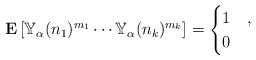
LaTeX: \begin{gather*}\mathbf{E}\left[\mathbb{Y}_\alpha(n_1)^{m_1} \cdots \mathbb{Y}_\alpha(n_k)^{m_k}\right]=\begin{cases}1& ,\\0& \end{cases}\end{gather*}